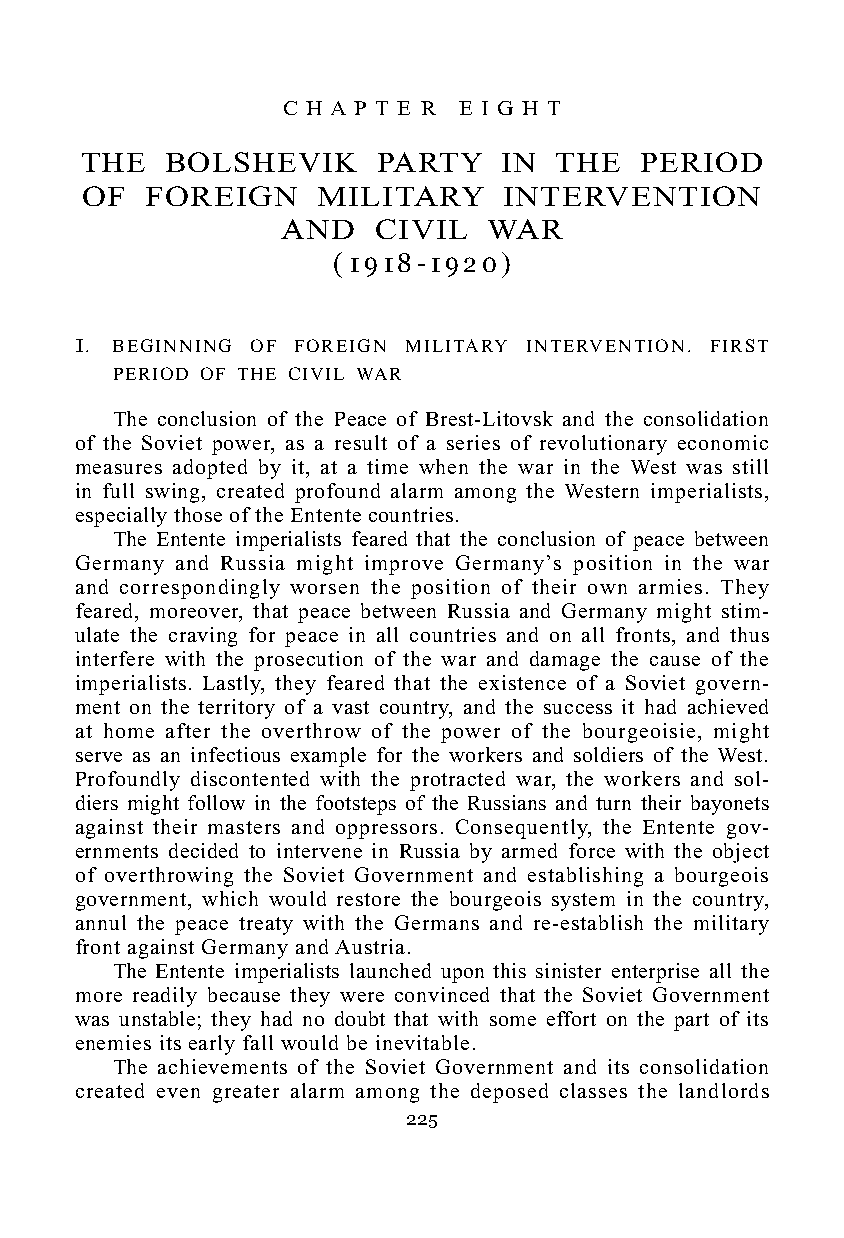
C H A P T E R E I G H T
 THE   BOLSHEVIK     PARTY   IN  THE  PERIOD
 OF   FOREIGN    MILITARY    INTERVENTION
 AND   CIVIL  WAR
 ( 1 9 1 8 - 1 9 2 0 )
 1. BEGINNING OF FOREIGN MILITARY INTERVENTION. FIRST
 PERIOD OF THE CIVIL WAR
 The conclusion of the Peace of Brest-Litovsk and the consolidation
 of the Soviet power, as a result of a series of revolutionary economic
 measures adopted by it, at a time when the war in the West was still
 in full swing, created profound alarm among the Western imperialists,
 especially those of the Entente countries.
 The Entente imperialists feared that the conclusion of peace between
 Germany and Russia might improve Germany’s position in the war
 and correspondingly worsen the position of their own armies. They
 feared, moreover, that peace between Russia and Germany might stim-
 ulate the craving for peace in all countries and on all fronts, and thus
 interfere with the prosecution of the war and damage the cause of the
 imperialists. Lastly, they feared that the existence of a Soviet govern-
 ment on the territory of a vast country, and the success it had achieved
 at home after the overthrow of the power of the bourgeoisie, might
 serve as an infectious example for the workers and soldiers of the West.
 Profoundly discontented with the protracted war, the workers and sol-
 diers might follow in the footsteps of the Russians and turn their bayonets
 against their masters and oppressors. Consequently, the Entente gov-
 ernments decided to intervene in Russia by armed force with the object
 of overthrowing the Soviet Government and establishing a bourgeois
 government, which would restore the bourgeois system in the country,
 annul the peace treaty with the Germans and re-establish the military
 front against Germany and Austria.
 The Entente imperialists launched upon this sinister enterprise all the
 more readily because they were convinced that the Soviet Government
 was unstable; they had no doubt that with some effort on the part of its
 enemies its early fall would be inevitable.
 The achievements of the Soviet Government and its consolidation
 created even greater alarm among the deposed classes the landlords
 225